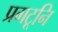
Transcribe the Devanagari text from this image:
प्रगटूनि